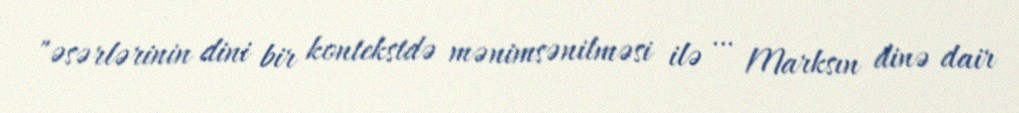
"əsərlərinin dini bir kontekstdə mənimsənilməsi ilə … Marksın dinə dair